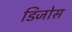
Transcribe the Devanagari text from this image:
डिजोस